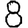
Digit: 8